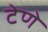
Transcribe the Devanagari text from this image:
टेणे